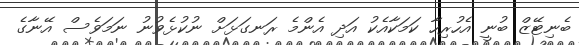
ބެނިޓޭޒް ބުނީ އެހުރިހާ ކަމަކާއެކު އަދި އެންމެ ރަނގަޅަށް ނުކުޅެވުނު ނަމަވެސް އޭނާގެ